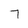
Character: 7